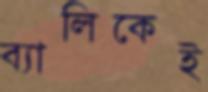
ব্যালিকেই